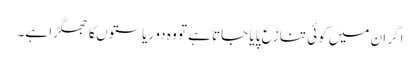
اگر ان میں کوئی تنازع پایا جاتا ہے تو وہ دو ریاستوںکا جھگڑا ہے۔